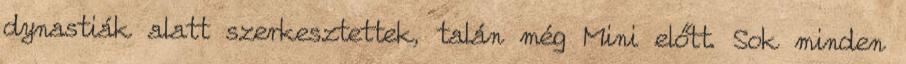
dynastiák alatt szerkesztettek, talán még Mini előtt. Sok minden